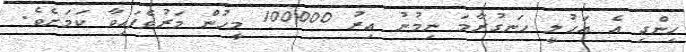
ހިންގި އެ އަހުލީ ހަނގުރާމަ ނިމުނު އިރު 100000 މީހުން މަރުވެފައިވާ ކަމަށެވެ.